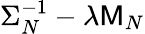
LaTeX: \Sigma_{N}^{-1}-\lambda\mathsf{M}_{N}